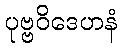
ပုဗ္ဗဝိဒေဟနံ